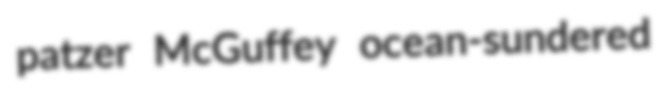
patzer McGuffey ocean-sundered